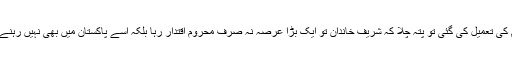
اس حکم کی تعمیل کی گئی تو پتہ چلا کہ شریف خاندان تو ایک بڑا عرصہ نہ صرف محرومِ اقتدار رہا بلکہ اسے پاکستان میں بھی نہیں رہنے دیا گیا۔